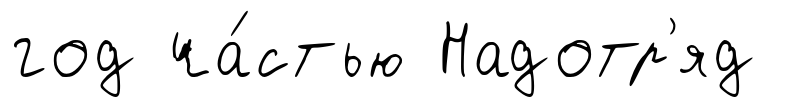
год ча́стью Надотр'яд